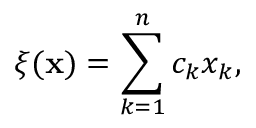
\xi ( \mathbf { x } ) = \sum _ { k = 1 } ^ { n } c _ { k } x _ { k } ,